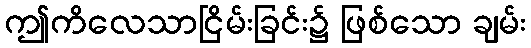
ဤကိလေသာငြိမ်းခြင်း၌ ဖြစ်သော ချမ်း